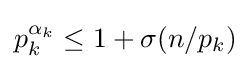
p_{k}^{\alpha _{k}}\leq 1+\sigma (n/p_{k})